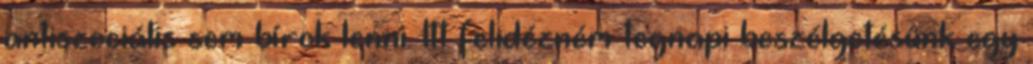
antiszociális sem bírok lenni. Itt felidézném tegnapi beszélgetésünk egy